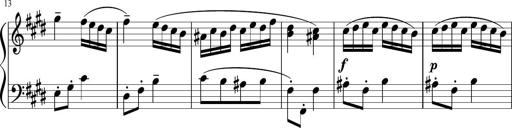
Title: 12 Keyboard Sonatinas
Composer: James Hook